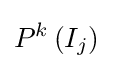
P^{k}\left(I_{j}\right)